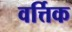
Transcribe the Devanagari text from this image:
वर्त्तिक